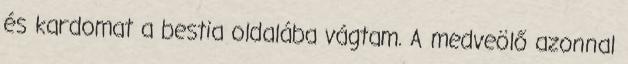
és kardomat a bestia oldalába vágtam. A medveölő azonnal